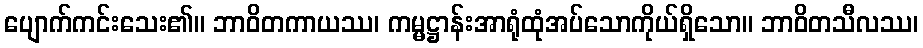
ပျောက်ကင်းသေး၏။ ဘာဝိတကာယဿ၊ ကမ္မဋ္ဌာန်းအာရုံထုံအပ်သောကိုယ်ရှိသော။ ဘာဝိတသီလဿ၊